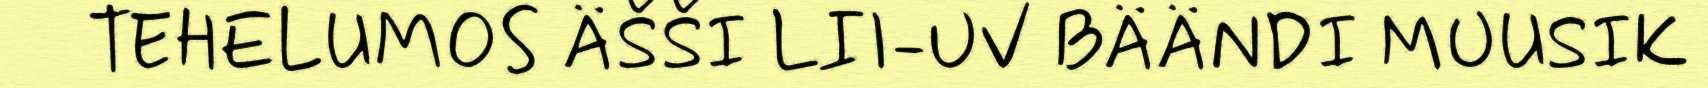
TEHELUMOS ÄŠŠI LII-UV BÄÄNDI MUUSIK